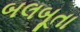
બલબૂતા